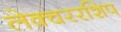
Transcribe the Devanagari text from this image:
लेक्चररशिप